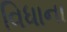
વિધાના